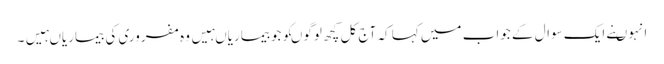
انہوںنے ایک سوال کے جواب میں کہا کہ آج کل کچھ لوگوںکوجوبیماریاںہیں وہ مفروری کی بیماریاںہیں۔